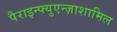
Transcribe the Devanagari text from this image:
पैराइन्फ्युएन्ज़ाशामिल